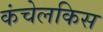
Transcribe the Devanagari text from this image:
कंचेलकिस